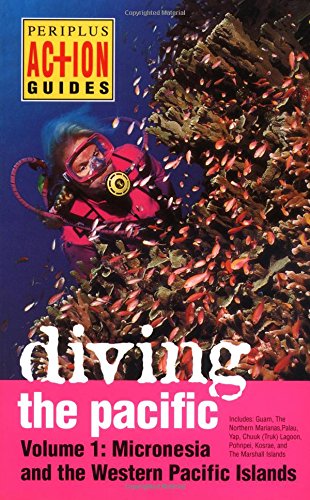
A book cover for Diving the Pacific: Volume 1: Micronesia and the Western Pacific Islands; David Leonard; Travel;